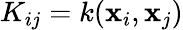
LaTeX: K_{ij}=k(\mathbf{x}_{i},\mathbf{x}_{j})